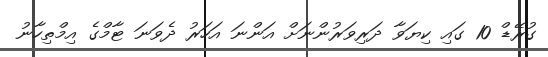
ގުރޭޑް 10 ގައި ކިޔަވާ ދަރިވަރުންނަށް އަންނަ އަހަރު ދެވަނަ ޓާމްގެ އިމްތިހާނު